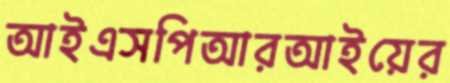
আইএসপিআরআইয়ের